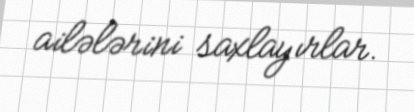
ailələrini saxlayırlar.